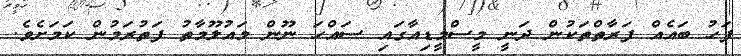
ފަހު ބައެއް ފަރާތްތަކުން ދަނީ މީސްމީޑިއާގައި ސައްހަ ނޫން މައުލޫމާތު ފަތުރަމުން ކަމަށެވެ.